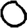
Digit: 0